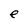
Character: e